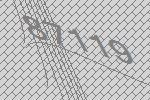
87119